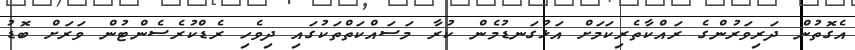
އެގޮތުން ދަރިވަރުންގެ ރައްކާތެރިކަމަށް އަޅުގަނޑުމެން ކުރާ މަސައްކަތްތަކުގައި ދިވެހި ރެޑްކުރެސެންޓުން ވަރަށް ބޮޑު